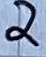
Text: 2